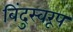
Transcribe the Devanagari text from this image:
बिंदुस्वरूप